Indian journal of veterinary science and animal husbandry - Volumes 28-29, 1958-1959
Year: 1958
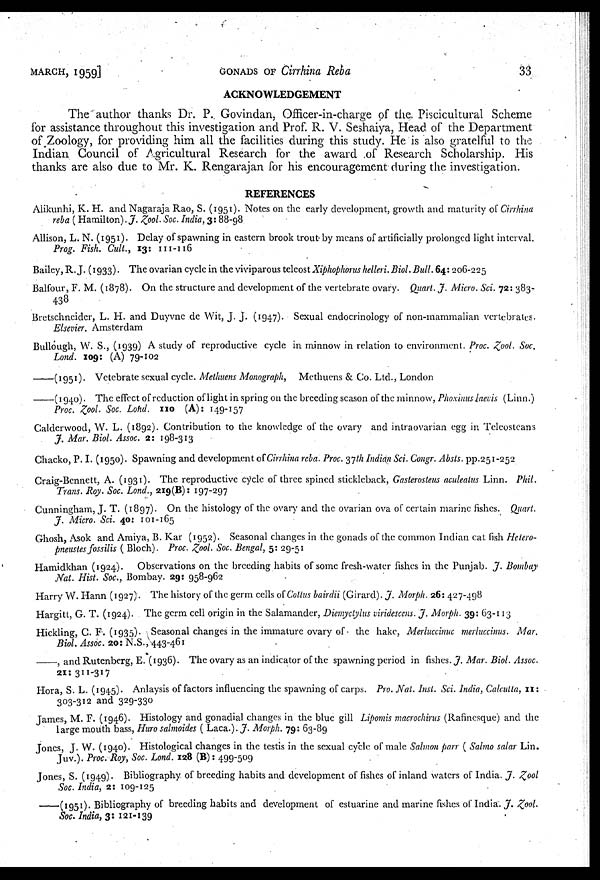
MARCH, 1959]
GONADS
OF
Cirrhina Reba
33
ACKNOWLEDGEMENT
The author thanks Dr. P. Govindan, Officer-in-charge of the Piscicultural Scheme
for assistance throughout this investigation and Prof. R. V. Seshaiya, Head of the Department.
of Zoology, for providing him all the facilities during this study. He is also gratelful to the
Indian Council of Agricultural Research for the award of Research Scholarship. His
thanks are also due to Mr. K. Rengarajan for his encouragement during the investigation.
REFERENCES
Alikunhi, K. H. and Nagaraja Rao, S. (1951). Notes on the early development, growth and maturity of Cirrhina
reba ( Hamilton). J. Zool. Soc. India, 3: 88-98
Allison, L. N. (1951). Delay of spawning in eastern brook trout by means of artificially prolonged light interval.
Prog. Fish. Cult., 13: 111-116
Bailey,R. J. (1933). The ovarian cycle in the viviparous telcost Xiphophorus helleri. Biol. Bull. 64: 206-225
Balfour, F. M. (1878). On the structure and development of the vertebrate ovary. Quart. J. Micro. Sci. 72: 383-
438
Bretschneider, L. H. and Duyvne de Wit, J. J. (1947). Sexual endocrinology of non-mammalian vertebrates.
Elsevier. Amsterdam
Bullough, W. S., (1939) A study of reproductive cycle in minnow in relation to environment. Proc. Zool. Soc.
Lond. 109: (A) 79-102
——(1951). Vetebrate sexual cycle. Methuens Monograph, Methuens & Co. Ltd., London
——(1940). The effect of reduction of light in spring on the breeding season of the minnow, Phoxinus laevis (Linn.)
Proc. Zool. Soc. Lohd. 110 (A): 149-157
Calderwood, W. L. (1892). Contribution to the knowledge of the ovary and intraovarian egg in Teleosteans
J. Mar. Biol. Assoc. 2: 198-313
Chacko, P. I. (1950). Spawning and development of Cirrhina reba. Proc. 37 th Indian Sci. Congr. Absts. pp.251-252
Craig-Bennett, A. (1931). The reproductive cycle of three spined stickleback, Gasterosteus aculeatus Linn. Phil.
Trans. Roy. Soc. Lond., 219(B): 197-297
Cunningham, J. T. (1897). On the histology of the ovary and the ovarian ova of certain marine fishes. Quart.
J. Micro. Sci. 40 : 101-165
Ghosh, Asok and Amiya, B. Kar (1952). Seasonal changes in the gonads of the common Indian cat fish Hetero-
pneustes fossilis ( Bloch). Proc. Zool. Soc. Bengal, 5: 29-51
Hamidkhan (1924). Observations on the breeding habits of some fresh-water fishes in the Punjab. J. Bombay
Nat. Hist. Soc., Bombay. 29: 958-962
Harry W. Hann (1927). The history of the germ cells of Cottus bairdii (Girard). J. Morph. 26: 427-498
Hargitt, G. T. (1924). The germ cell origin in the Salamander, Diemyctylus viridescens. J. Morph. 39: 63-113
Hickling, C. F. (1935). Seasonal changes in the immature ovary of the hake, Merluccinuc merluccinus. Mar.
Biol. Assoc. 20: N.S., 443-461
——, and Rutenberg, E. (1936). The ovary as an indicator of the spawning period in fishes. J. Mar. Biol. Assoc.
21: 311-317
Hora, S. L. (1945). Anlaysis of factors influencing the spawning of carps. Pro. Nat. Inst. Sci. India, Calcutta, 11:
303-312 and 329-330
James, M. F. (1946). Histology and gonadial changes in the blue gill Lipomis macrochirus (Rafinesque) and the
large mouth bass, Huro salmoides ( Laca.). J. Morph. 79: 63-89
Jones, J. W. (1940). Histological changes in the testis in the sexual cycle of male Salmon parr ( Salmo salar Lin.
Juv.). Proc. Roy, Soc. Lond. 128 (B): 499-509
Jones, S. (1949). Bibliography of breeding habits and development of fishes of inland waters of India. J. Zool
Soc. India, 2: 109-125
——(1951). Bibliography of breeding habits and development of estuarine and marine fishes of India. J. Zool.
Soc. India, 3: 121-139